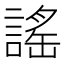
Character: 謠